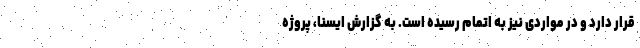
قرار دارد و در مواردی نیز به اتمام رسیده است. به گزارش ایسنا، پروژه